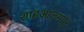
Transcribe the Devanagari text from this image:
शाहआलमपुर